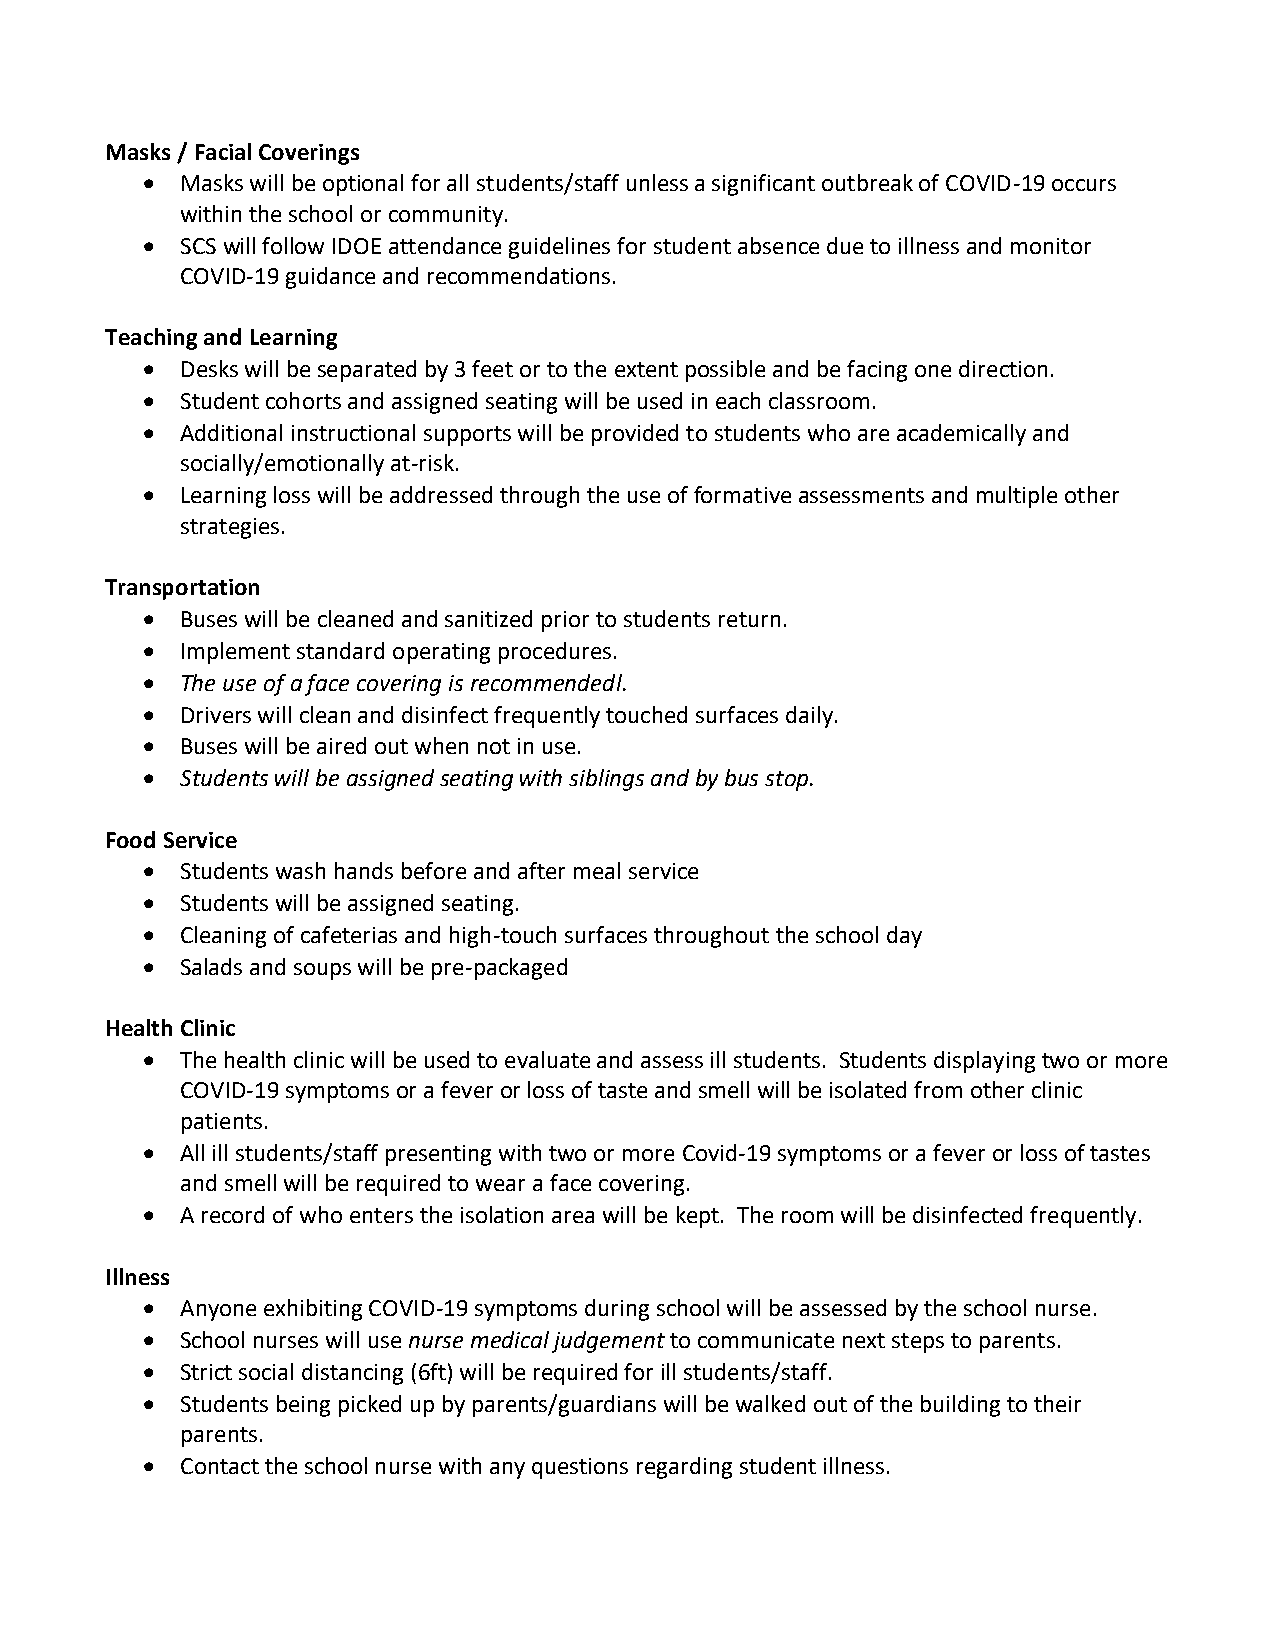
Masks / Facial Coverings
 •  Masks will be optional for all students/staff unless a significant outbreak of COVID-19 occurs
 within the school or community.
 •  SCS will follow IDOE attendance guidelines for student absence due to illness and monitor
 COVID-19 guidance and recommendations.
 Teaching and Learning
 •  Desks will be separated by 3 feet or to the extent possible and be facing one direction.
 •  Student cohorts and assigned seating will be used in each classroom.
 •  Additional instructional supports will be provided to students who are academically and
 socially/emotionally at-risk.
 •  Learning loss will be addressed through the use of formative assessments and multiple other
 strategies.
 Transportation
 •  Buses will be cleaned and sanitized prior to students return.
 •  Implement standard operating procedures.
 •  The use of a face covering is recommendedl.
 •  Drivers will clean and disinfect frequently touched surfaces daily.
 •  Buses will be aired out when not in use.
 •  Students will be assigned seating with siblings and by bus stop.
 Food Service
 •  Students wash hands before and after meal service
 •  Students will be assigned seating.
 •  Cleaning of cafeterias and high-touch surfaces throughout the school day
 •  Salads and soups will be pre-packaged
 Health Clinic
 •  The health clinic will be used to evaluate and assess ill students. Students displaying two or more
 COVID-19 symptoms or a fever or loss of taste and smell will be isolated from other clinic
 patients.
 •  All ill students/staff presenting with two or more Covid-19 symptoms or a fever or loss of tastes
 and smell will be required to wear a face covering.
 •  A record of who enters the isolation area will be kept. The room will be disinfected frequently.
 Illness
 •  Anyone exhibiting COVID-19 symptoms during school will be assessed by the school nurse.
 •  School nurses will use nurse medical judgement to communicate next steps to parents.
 •  Strict social distancing (6ft) will be required for ill students/staff.
 •  Students being picked up by parents/guardians will be walked out of the building to their
 parents.
 •  Contact the school nurse with any questions regarding student illness.